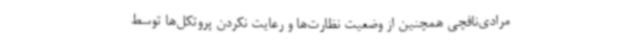
مرادی‌نافچی همچنین از وضعیت نظارت‌ها و رعایت نکردن پروتکل‌ها توسط